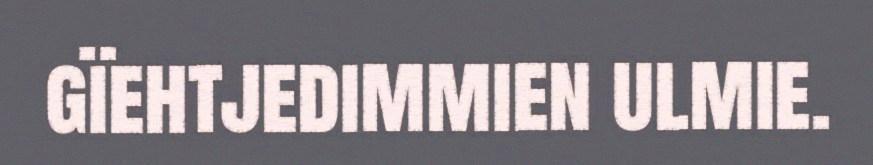
gïehtjedimmien ulmie.